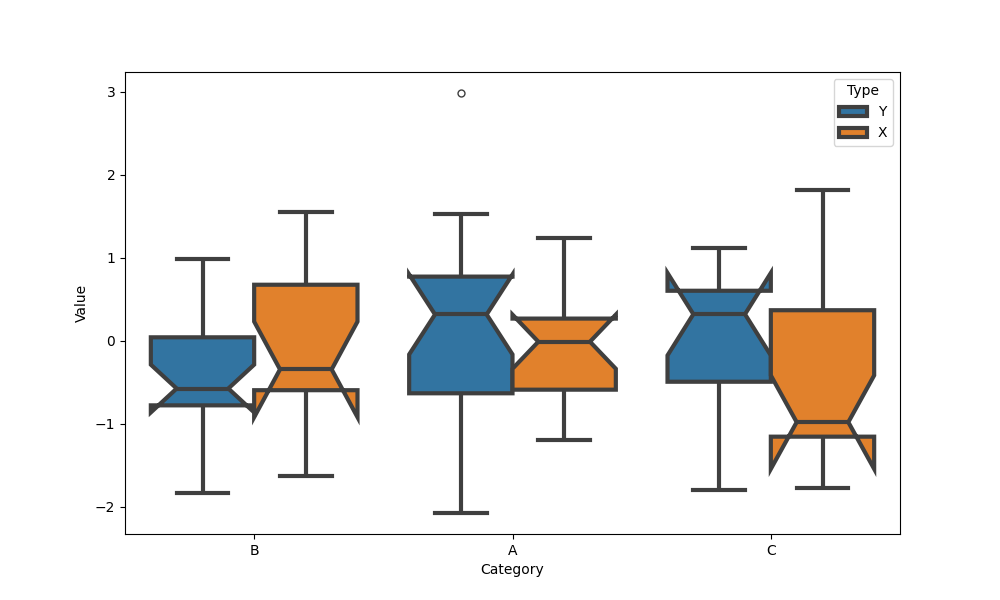
python, seaborn, boxplot, width=0.8, linewidth=3, fliersize=5, notch=True